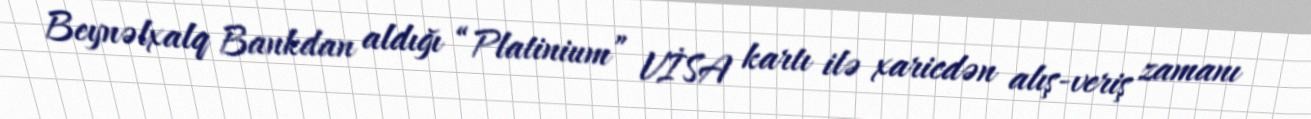
Beynəlxalq Bankdan aldığı “Platinium” VİSA kartı ilə xaricdən alış-veriş zamanı